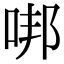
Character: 𠳐